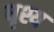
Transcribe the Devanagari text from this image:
धृश्य